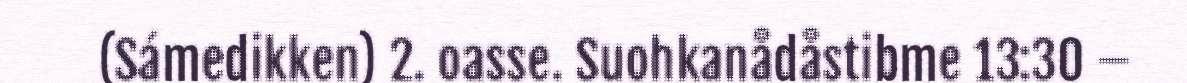
(Sámedikken) 2. oasse. Suohkanådåstibme 13:30 –